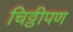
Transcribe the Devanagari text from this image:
चिठ्ठीपण